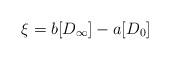
LaTeX: \begin{align*}\xi = b [D_\infty] - a [D_0]\end{align*}